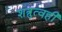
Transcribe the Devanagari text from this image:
शत्रुत्वही